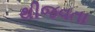
થીજવતા